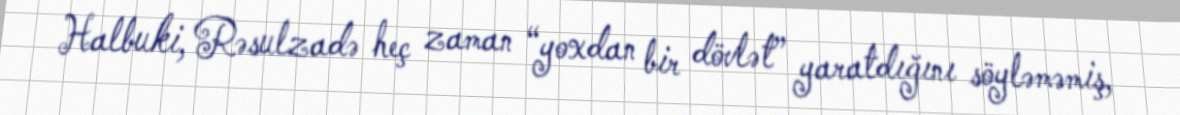
Halbuki, Rəsulzadə heç zaman “yoxdan bir dövlət” yaratdığını söyləməmiş,